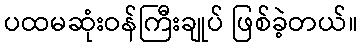
ပထမဆုံးဝန်ကြီးချုပ် ဖြစ်ခဲ့တယ်။